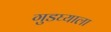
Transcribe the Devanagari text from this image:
गुडघ्याला